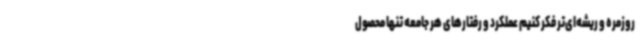
روزمره و ریشه‌ای‌تر فکر کنیم عملکرد و رفتارهای هر جامعه تنها محصول